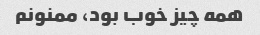
همه‌ چیز خوب بود، ممنونم